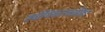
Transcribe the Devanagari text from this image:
सर्वाधिकारवादिता